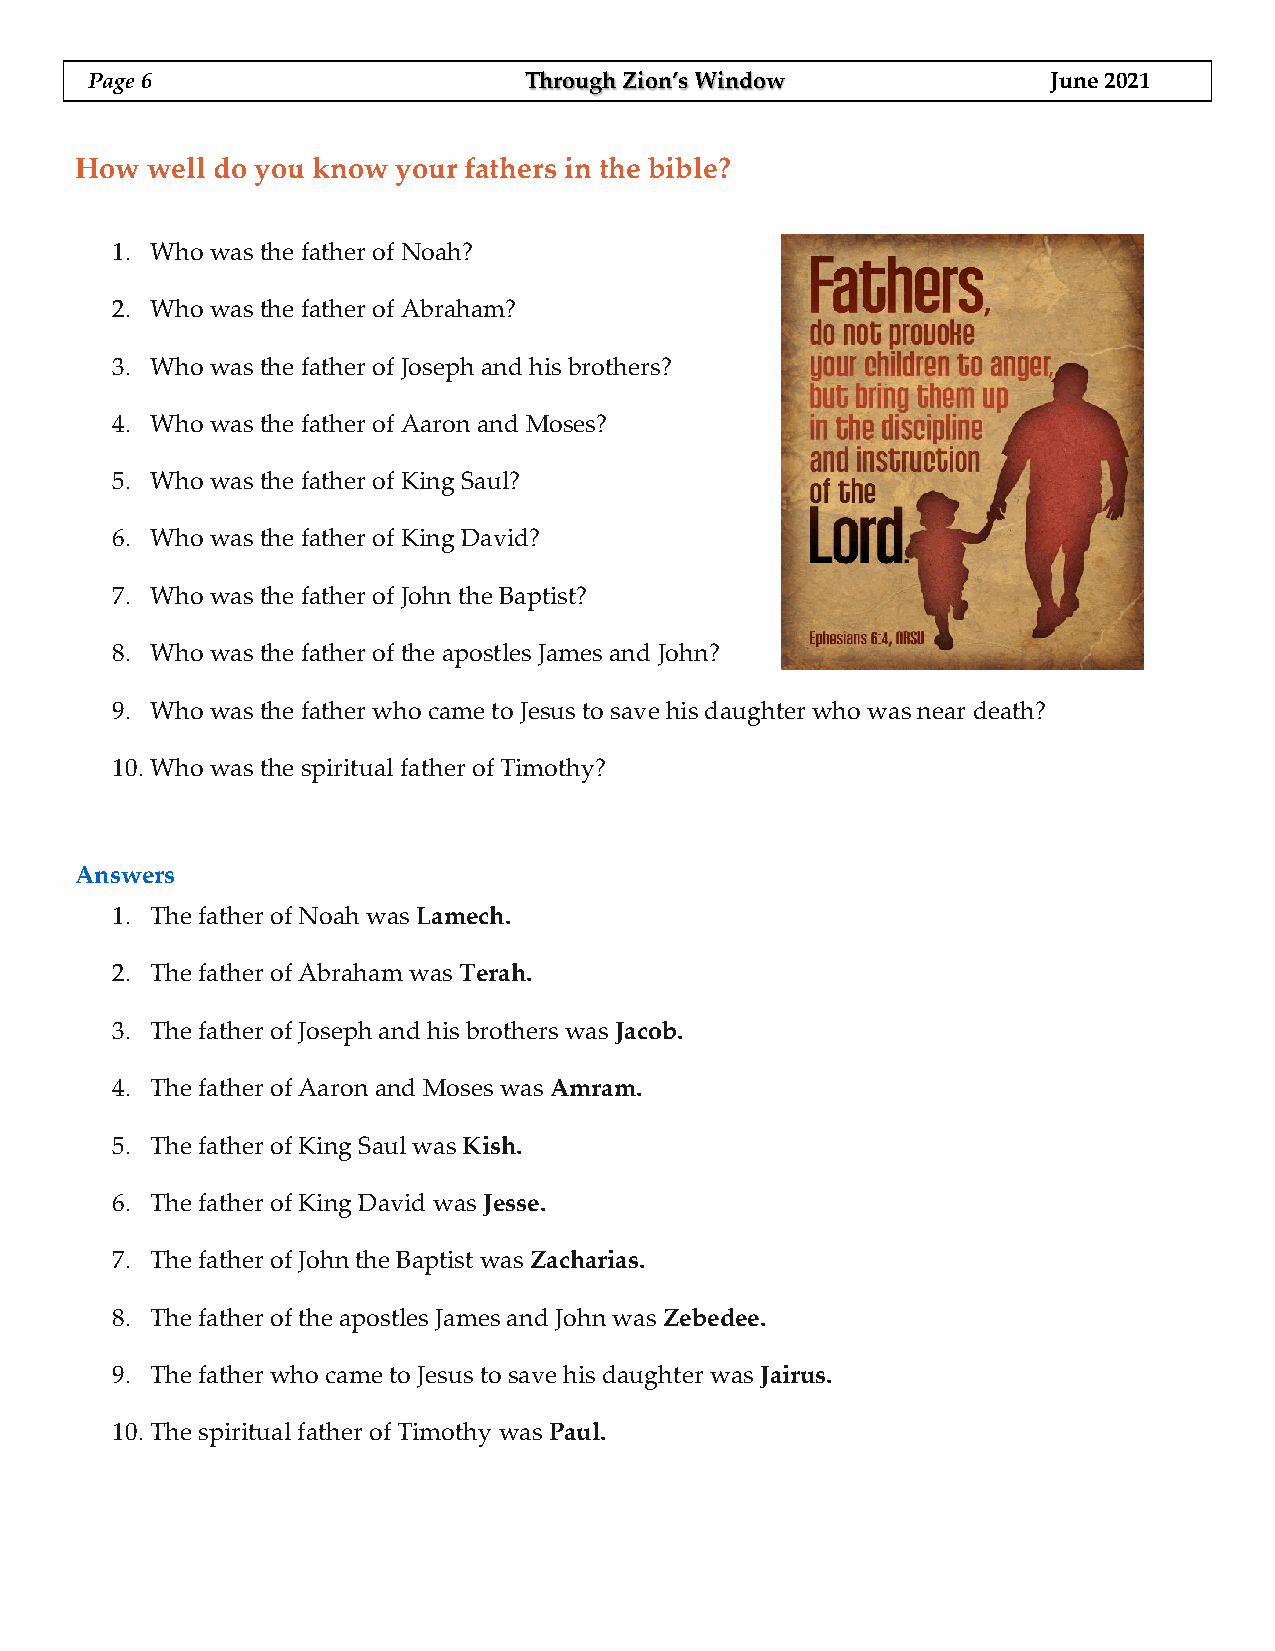
Page 6                       Through Zion’s Window              June 2021
 How  well do you know your fathers in the bible?
 1. Who was the father of Noah?
 2. Who was the father of Abraham?
 3. Who was the father of Joseph and his brothers?
 4. Who was the father of Aaron and Moses?
 5. Who was the father of King Saul?
 6. Who was the father of King David?
 7. Who was the father of John the Baptist?
 8. Who was the father of the apostles James and John?
 9. Who was the father who came to Jesus to save his daughter who was near death?
 10. Who was the spiritual father of Timothy?
 Answers
 1. The father of Noah was Lamech.
 2. The father of Abraham was Terah.
 3. The father of Joseph and his brothers was Jacob.
 4. The father of Aaron and Moses was Amram.
 5. The father of King Saul was Kish.
 6. The father of King David was Jesse.
 7. The father of John the Baptist was Zacharias.
 8. The father of the apostles James and John was Zebedee.
 9. The father who came to Jesus to save his daughter was Jairus.
 10. The spiritual father of Timothy was Paul.